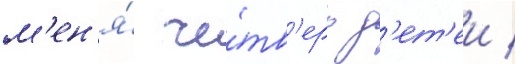
м'ен'я́ че́тв'еро д'ет'еи /